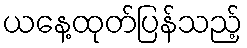
ယနေ့ထုတ်ပြန်သည့်